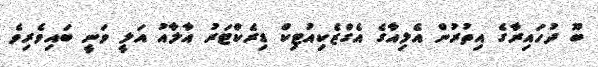
ބޫ ދުހައިރާގެ އިތުރުން އެލިއާގެ އެގްޒެކިއުޓިކް ޑިރެކްޓަރު އާލާއު އަލީ ވަނީ ބައިވެރިވެ